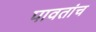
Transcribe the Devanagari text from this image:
पावतांच